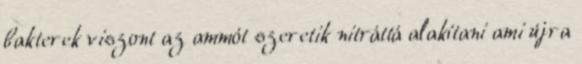
bakterek viszont az ammót szeretik nitráttá alakítani ami újra